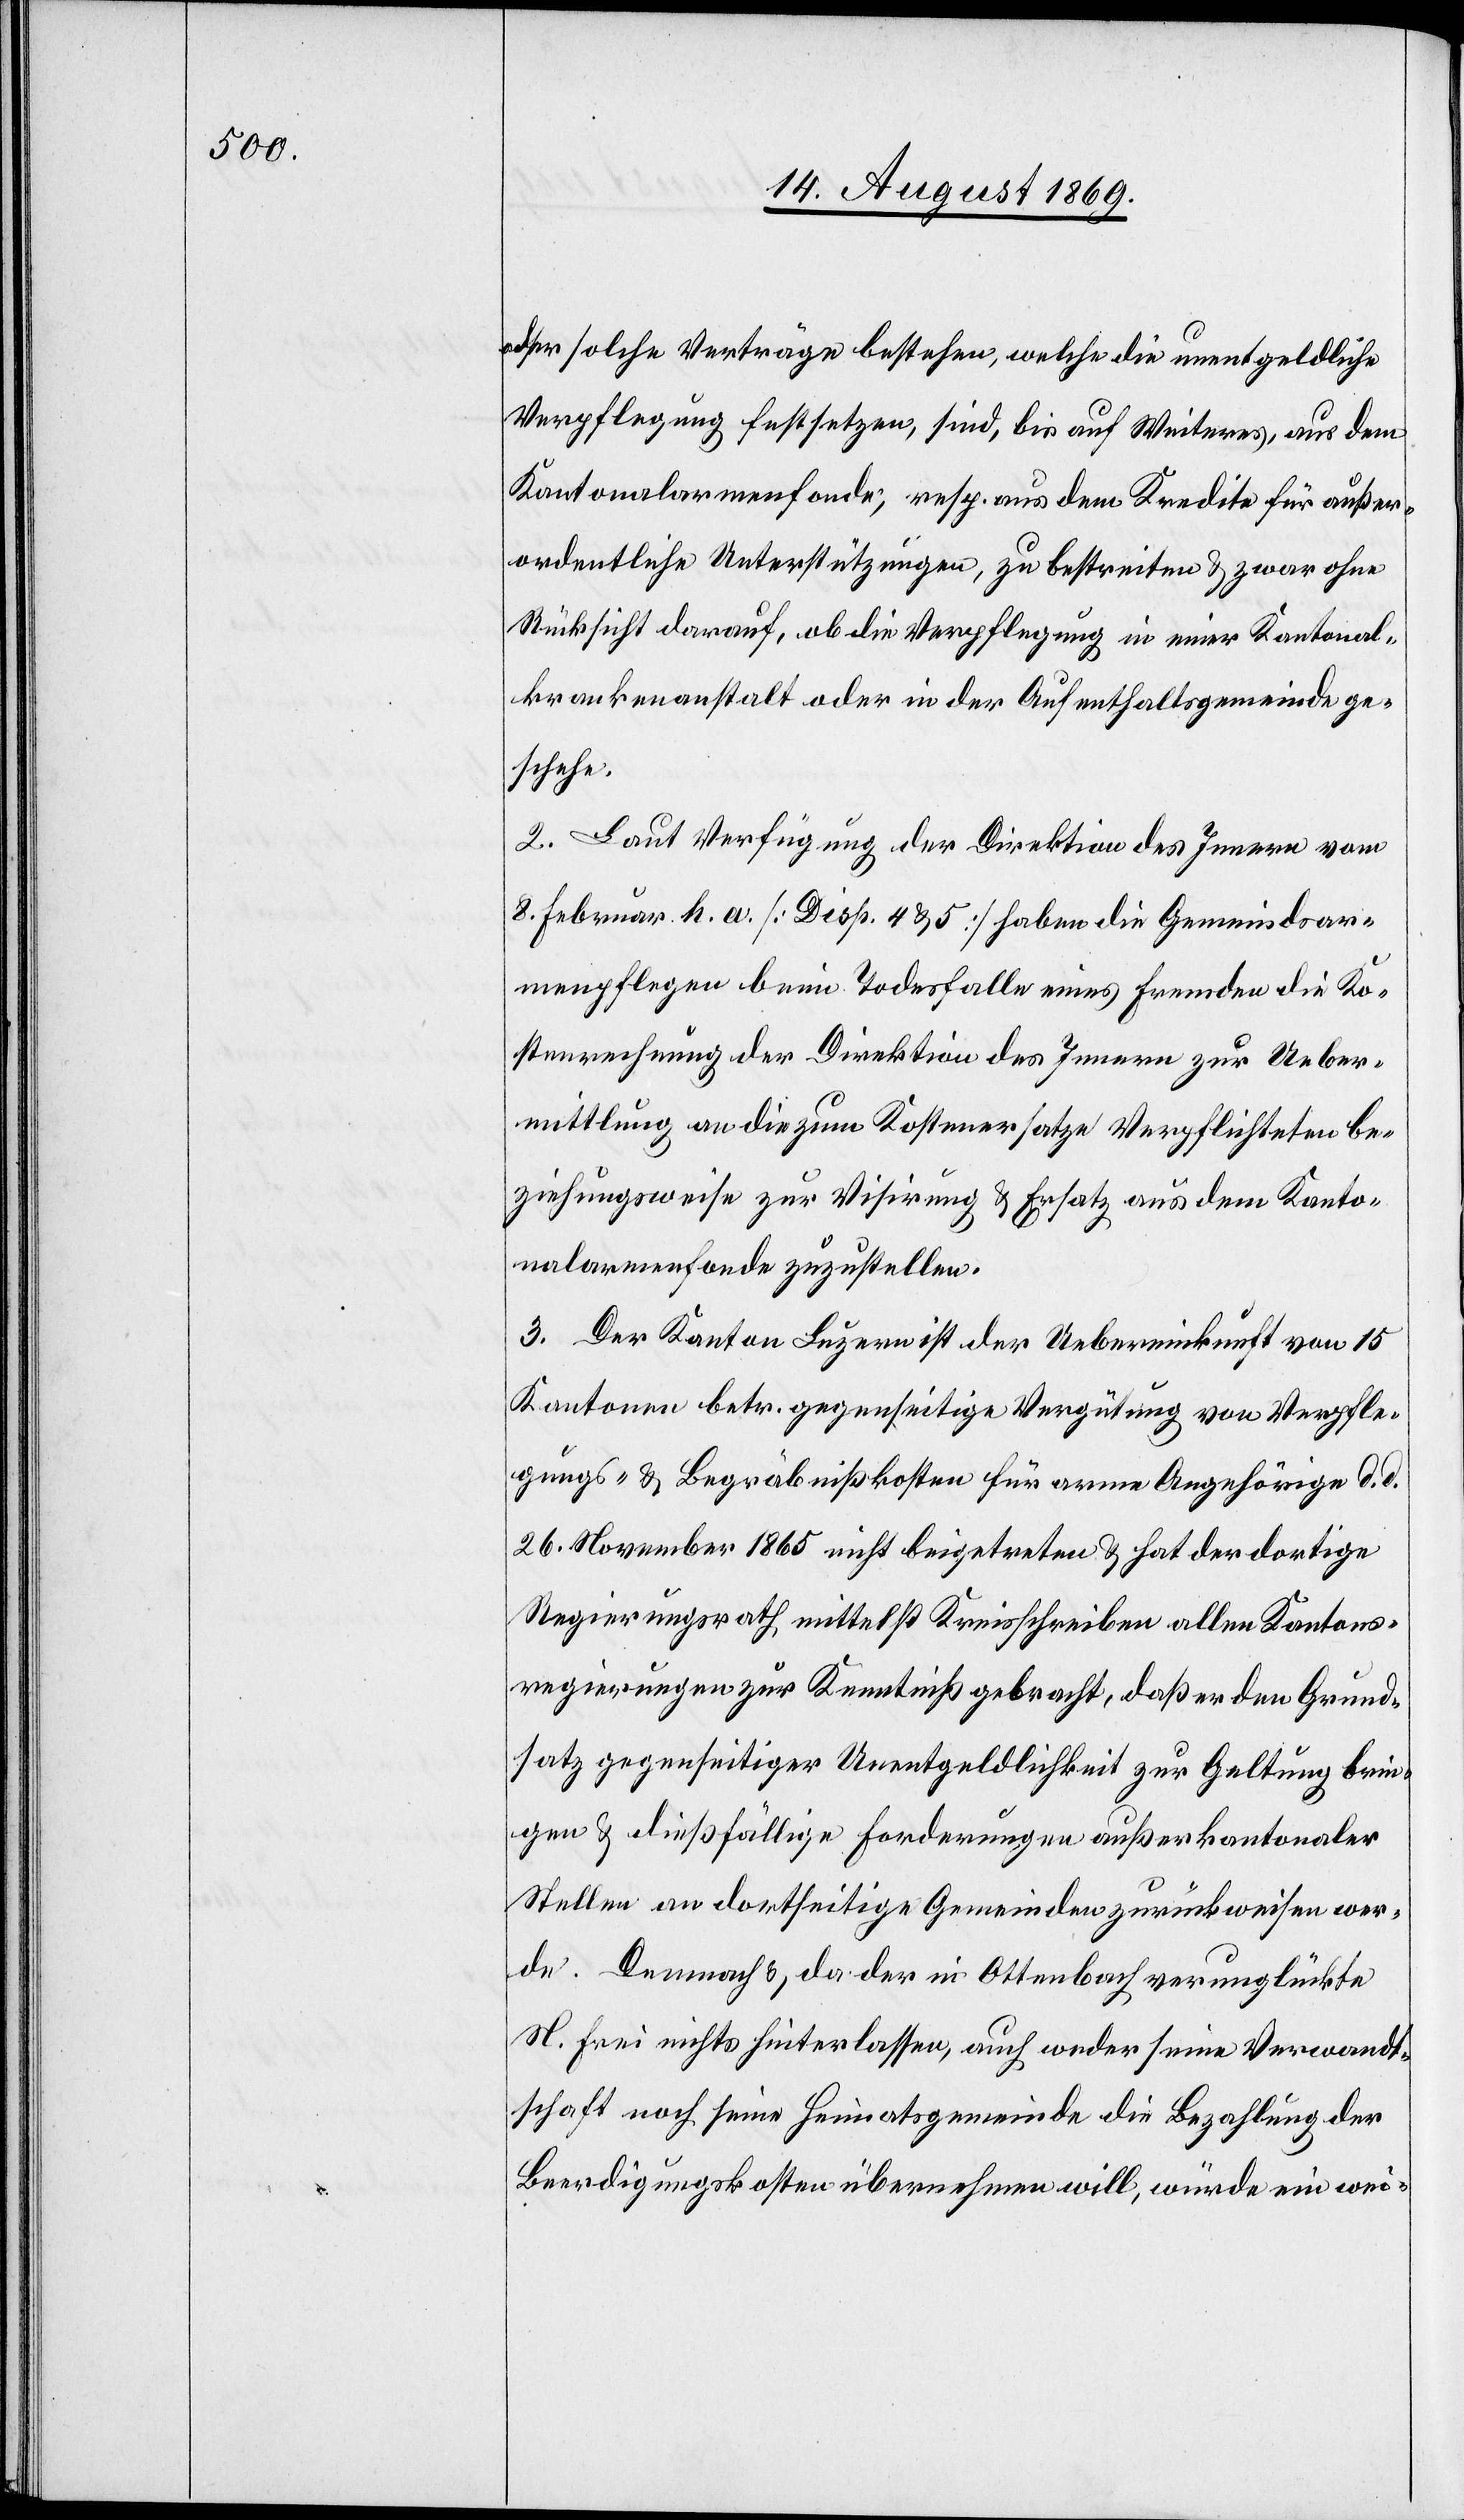
oder solche Verträge bestehen, welche die unentgeldliche
Verpflegung festsetzen, sind, bis auf Weiteres, aus dem
Kantonalarmenfonds, resp. aus dem Kredite für außer¬
ordentliche Unterstützungen, zu bestreiten, & zwar ohne
Rücksicht darauf, ob die Verpflegung in einer Kantonal¬
krankenanstalt oder in der Aufenthaltsgemeinde ge¬
schehe.“
2. Laut Verfügung der Direktion des Innern vom
8 Februar h. a. [Disp. 4 & 5] haben die Gemeindsar¬
menpflegen beim Todesfalle eines Fremden die Ko¬
stenrechnung der Direktion des Innern zur Ueber¬
mittlung an die zum Kostenersatze Verpflichteten be¬
ziehungsweise zur Visirung & Ersatz aus dem Kanto¬
nalarmenfonde zuzustellen.
3. Der Kanton Luzern ist der Uebereinkunft von 15
Kantonen betr. gegenseitige Vergütung von Verpfle¬
gungs- & Begräbnißkosten für arme Angehörige d. d.
26. November 1865 nicht beigetreten & hat der dortige
Regierungsrath, mittelst Kreisschreiben allen Kantons¬
regierungen zur Kenntniß gebracht, daß er den Grund¬
satz gegenseitiger Unentgeldlichkeit zur Geltung brin¬
gen & dießfällige Forderungen außerkantonaler
Stellen an dortseitige Gemeinden zurückweisen wer¬
de. Demnach & da der in Ottenbach verunglückte
N. Frei nichts hinterlassen, auch weder seine Verwandt¬
schaft noch seine Heimatsgemeinde die Bezahlung der
Beerdigungskosten übernehmen will, würde ein wei-